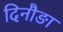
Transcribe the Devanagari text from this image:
दिनौङा